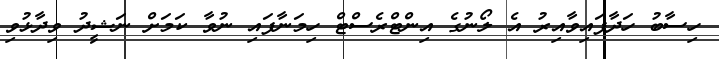
ހިސާބު ހަދާފައިވާއިރު އެ ލޯނުގެ އިންޓްރެސްޓް ހިމަނާފައި ނުވާ ކަމަށް ނަޝީދު ވިދާޅުވި